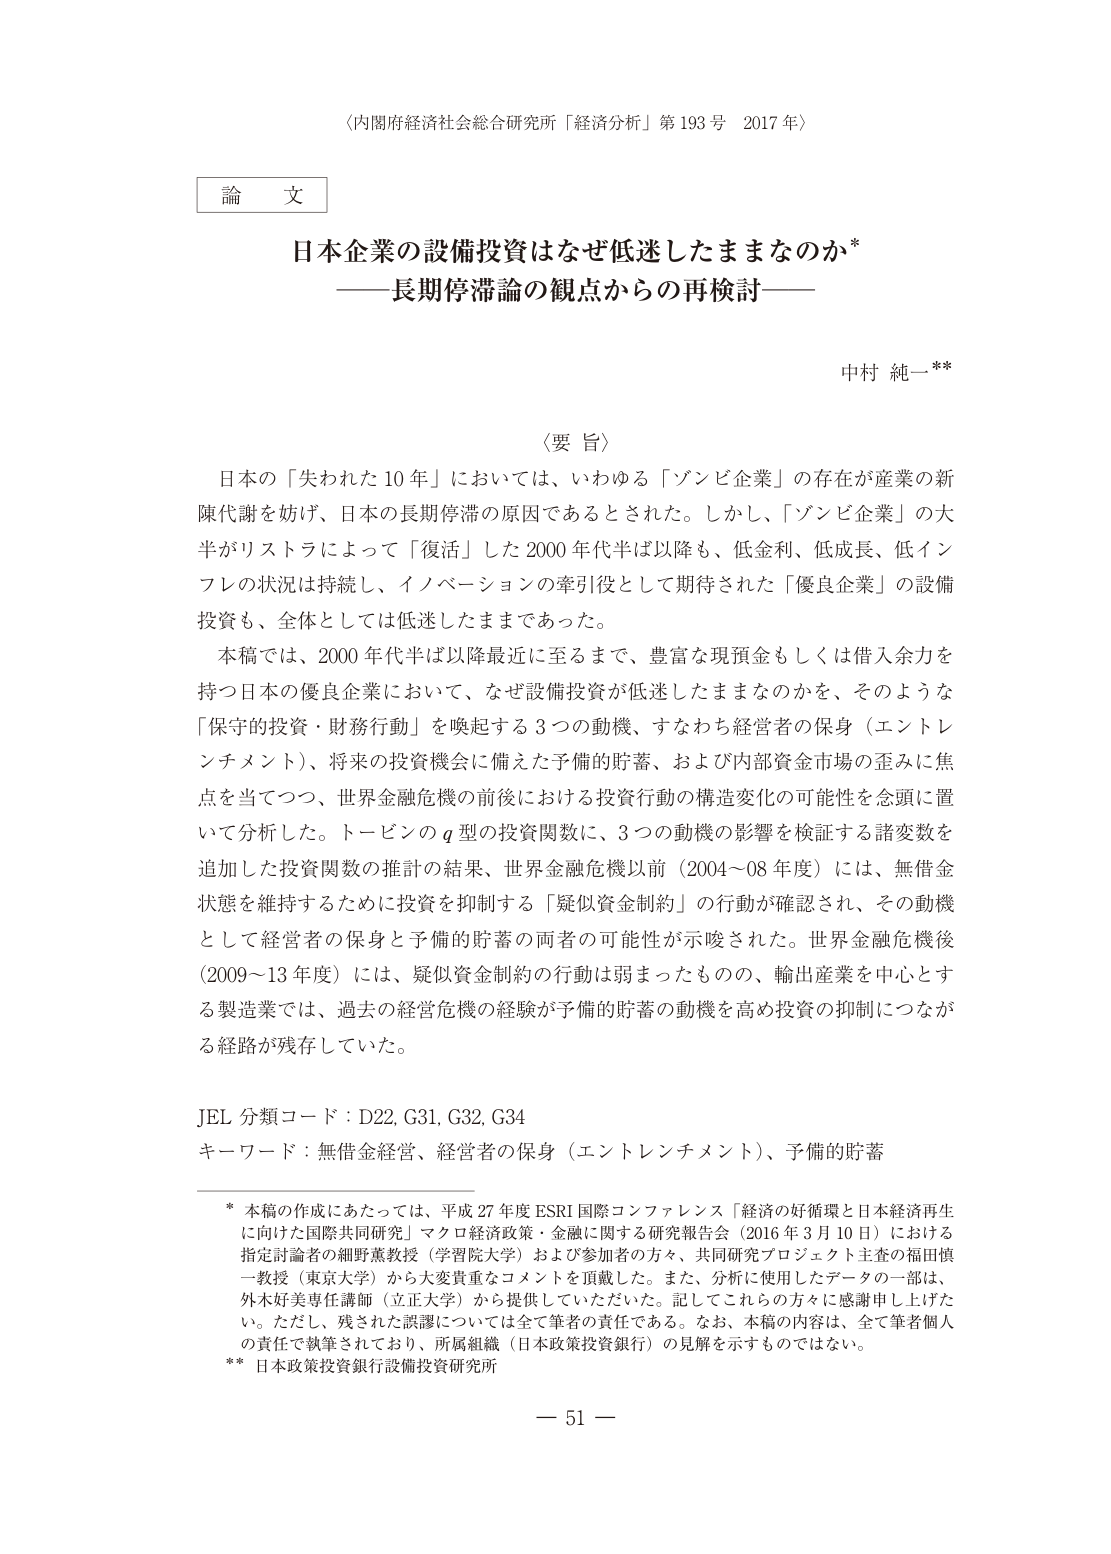
〈内閣府経済社会総合研究所「経済分析」第193号 2017年〉

論文

日本企業の設備投資はなぜ低迷したままなのか*
——長期停滞論の観点からの再検討——

中村 純一**

〈要旨〉
日本の「失われた10年」においては、いわゆる「ゾンビ企業」の存在が産業の新陳代謝を妨げ、日本の長期停滞の原因であるとされた。しかし、「ゾンビ企業」の大半がリストラによって「復活」した2000年代半ば以降も、低金利、低成長、低インフレの状況は持続し、イノベーションの牽引役として期待された「優良企業」の設備投資も、全体としては低迷したままであった。
本稿では、2000年代半ば以降最近に至るまで、豊富な現預金もしくは借入余力を持つ日本の優良企業において、なぜ設備投資が低迷したままなのかを、そのような「保守的投資・財務行動」を喚起する3つの動機、すなわち経営者の保身（エントレンチメント）、将来の投資機会に備えた予備的貯蓄、および内部資金市場の歪みに焦点を当てつつ、世界金融危機の前後における投資行動の構造変化の可能性を念頭に置いて分析した。トービンのq型の投資関数に、3つの動機の影響を検証する諸変数を追加した投資関数の推計の結果、世界金融危機以前（2004～08年度）には、無借金状態を維持するために投資を抑制する「疑似資金制約」の行動が確認され、その動機として経営者の保身と予備的貯蓄の両者の可能性が示唆された。世界金融危機後（2009～13年度）には、疑似資金制約の行動は弱まったものの、輸出産業を中心とする製造業では、過去の経営危機の経験が予備的貯蓄の動機を高め投資の抑制につながる経路が残存していた。

JEL分類コード：D22, G31, G32, G34
キーワード：無借金経営、経営者の保身（エントレンチメント）、予備的貯蓄

* 本稿の作成にあたっては、平成27年度ESRI国際コンファレンス「経済の好循環と日本経済再生に向けた国際共同研究」マクロ経済政策・金融に関する研究報告会（2016年3月10日）における指定討論者の細野薫教授（学習院大学）および参加者の方々、共同研究プロジェクト主査の福田慎一教授（東京大学）から大変貴重なコメントを頂戴した。また、分析に使用したデータの一部は、外木好美専任講師（立正大学）から提供していただいた。記してこれらの方々に感謝申し上げたい。ただし、残された誤謬については全て筆者の責任である。なお、本稿の内容は、全て筆者個人の責任で執筆されており、所属組織（日本政策投資銀行）の見解を示すものではない。
** 日本政策投資銀行設備投資研究所

— 51 —